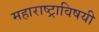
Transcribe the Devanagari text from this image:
महाराष्ट्राविषयी